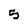
Character: 5